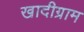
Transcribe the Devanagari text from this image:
खादीग्राम